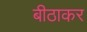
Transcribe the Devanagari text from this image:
बीठाकर